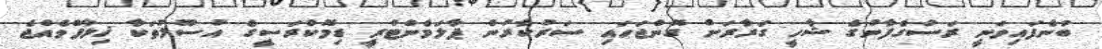
ބުނެފައިވަނީ ރަސްގެފާނުގެ ޝާހީ ގަރާރަށް ގޮންޖަހައި ސަރުކާރުން ޕާލަމެންޓްރީ ޑިމޮކްރަސީގެ އުސޫލުތަކާ ޚިލާފްވެއްޖެ